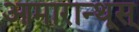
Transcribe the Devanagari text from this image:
आमारान्थूस्